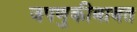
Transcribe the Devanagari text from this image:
जपणुकीबाबत